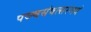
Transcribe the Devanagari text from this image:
पञ्चसंवत्सरमयं